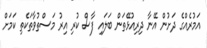
އަމުރެއްގެ ދަށުން އޭނާ ދިރިއުޅޭތަން ބަލައި ފާސް ކުރި އިރު މަސްތުވާތަކެތި ކަމަށް